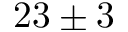
2 3 \pm 3